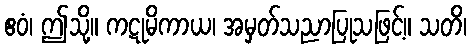
ဧဝံ၊ ဤသို့။ ကဋုမိကာယ၊ အမှတ်သညာပြုသဖြင့်။ သတိ၊